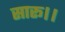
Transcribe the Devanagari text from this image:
सारू।।